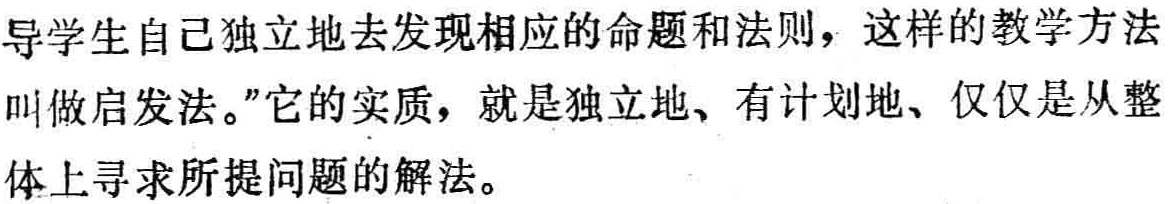
导学生自己独立地去发现相应的命题和法则，这样的教学方法叫做启发法。”它的实质，就是独立地、有计划地、仅仅是从整体上寻求所提问题的解法。